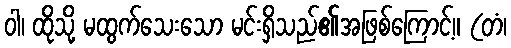
ဝါ၊ ထိုသို့ မထွက်သေးသော မင်းရှိသည်၏အဖြစ်ကြောင့်။ (တံ၊